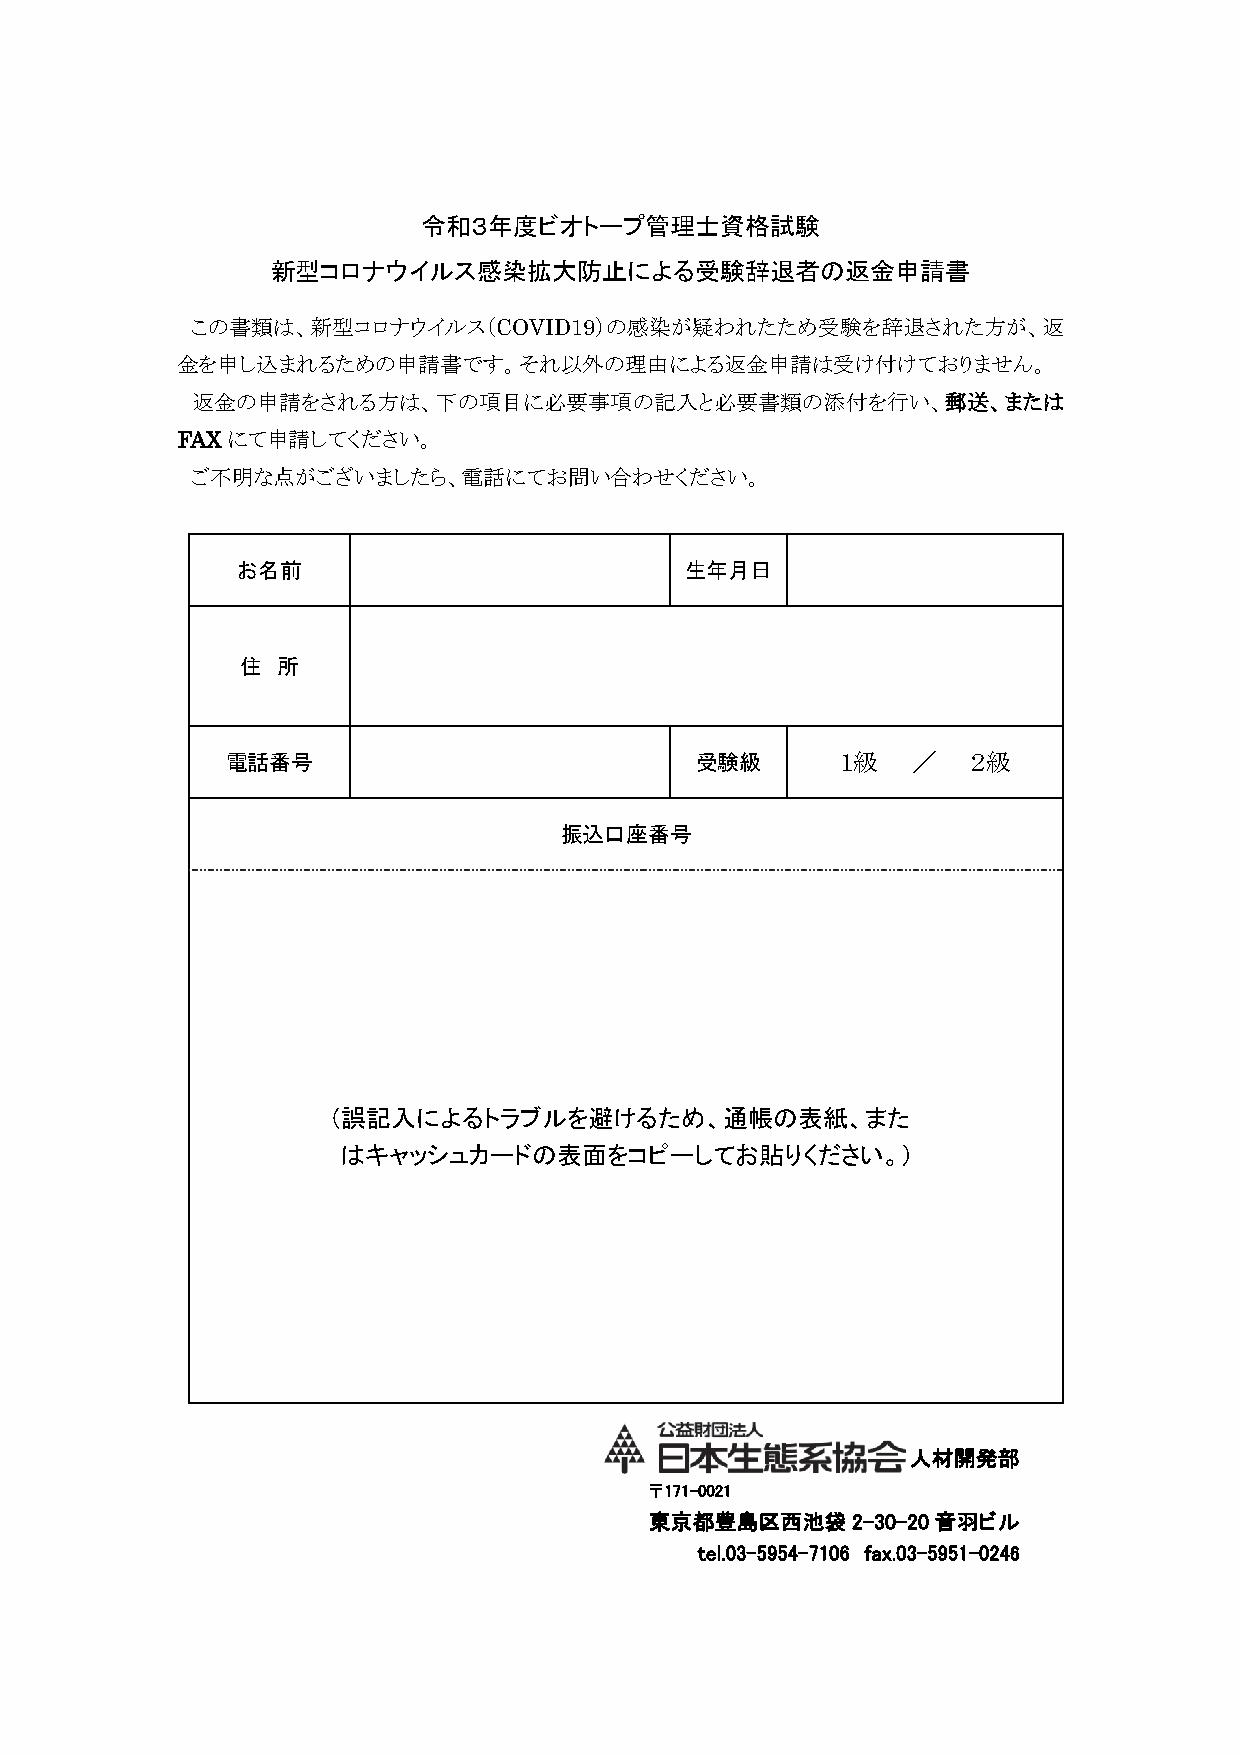
令和３年度ビオトープ管理士資格試験
 新型コロナウイルス感染拡大防止による受験辞退者の返金申請書
 この書類は、新型コロナウイルス（COVID19）の感染が疑われたため受験を辞退された方が、返
 金を申し込まれるための申請書です。それ以外の理由による返金申請は受け付けておりません。
 返金の申請をされる方は、下の項目に必要事項の記入と必要書類の添付を行い、郵送、または
 FAXにて申請してください。
 ご不明な点がございましたら、電話にてお問い合わせください。
 お名前                          生年月日
 住 所
 電話番号                           受験級      １級   ／   ２級
 振込口座番号
 （誤記入によるトラブルを避けるため、通帳の表紙、また
 はキャッシュカードの表面をコピーしてお貼りください。）
 人材開発部
 〒171-0021
 東京都豊島区西池袋2-30-20音羽ビル
 tel.03-5954-7106 fax.03-5951-0246